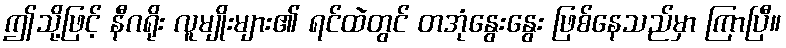
ဤသို့ဖြင့် နီဂရိုး လူမျိုးများ၏ ရင်ထဲတွင် တအုံနွေးနွေး ဖြစ်နေသည်မှာ ကြာပြီ။